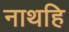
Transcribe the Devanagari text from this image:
नाथहि